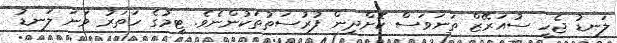
ލަނޑު ޖެހީ ސުއަރޭޒް ތަނަވަސް ކޮށްދިން ފުރުސަތުތަކުންނެވެ. ޓީމުގެ ހަތަރު ވަނަ ލަނޑު